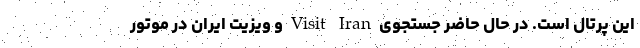
این پرتال است. در حال حاضر جستجوی Visit Iran و ویزیت ایران در موتور